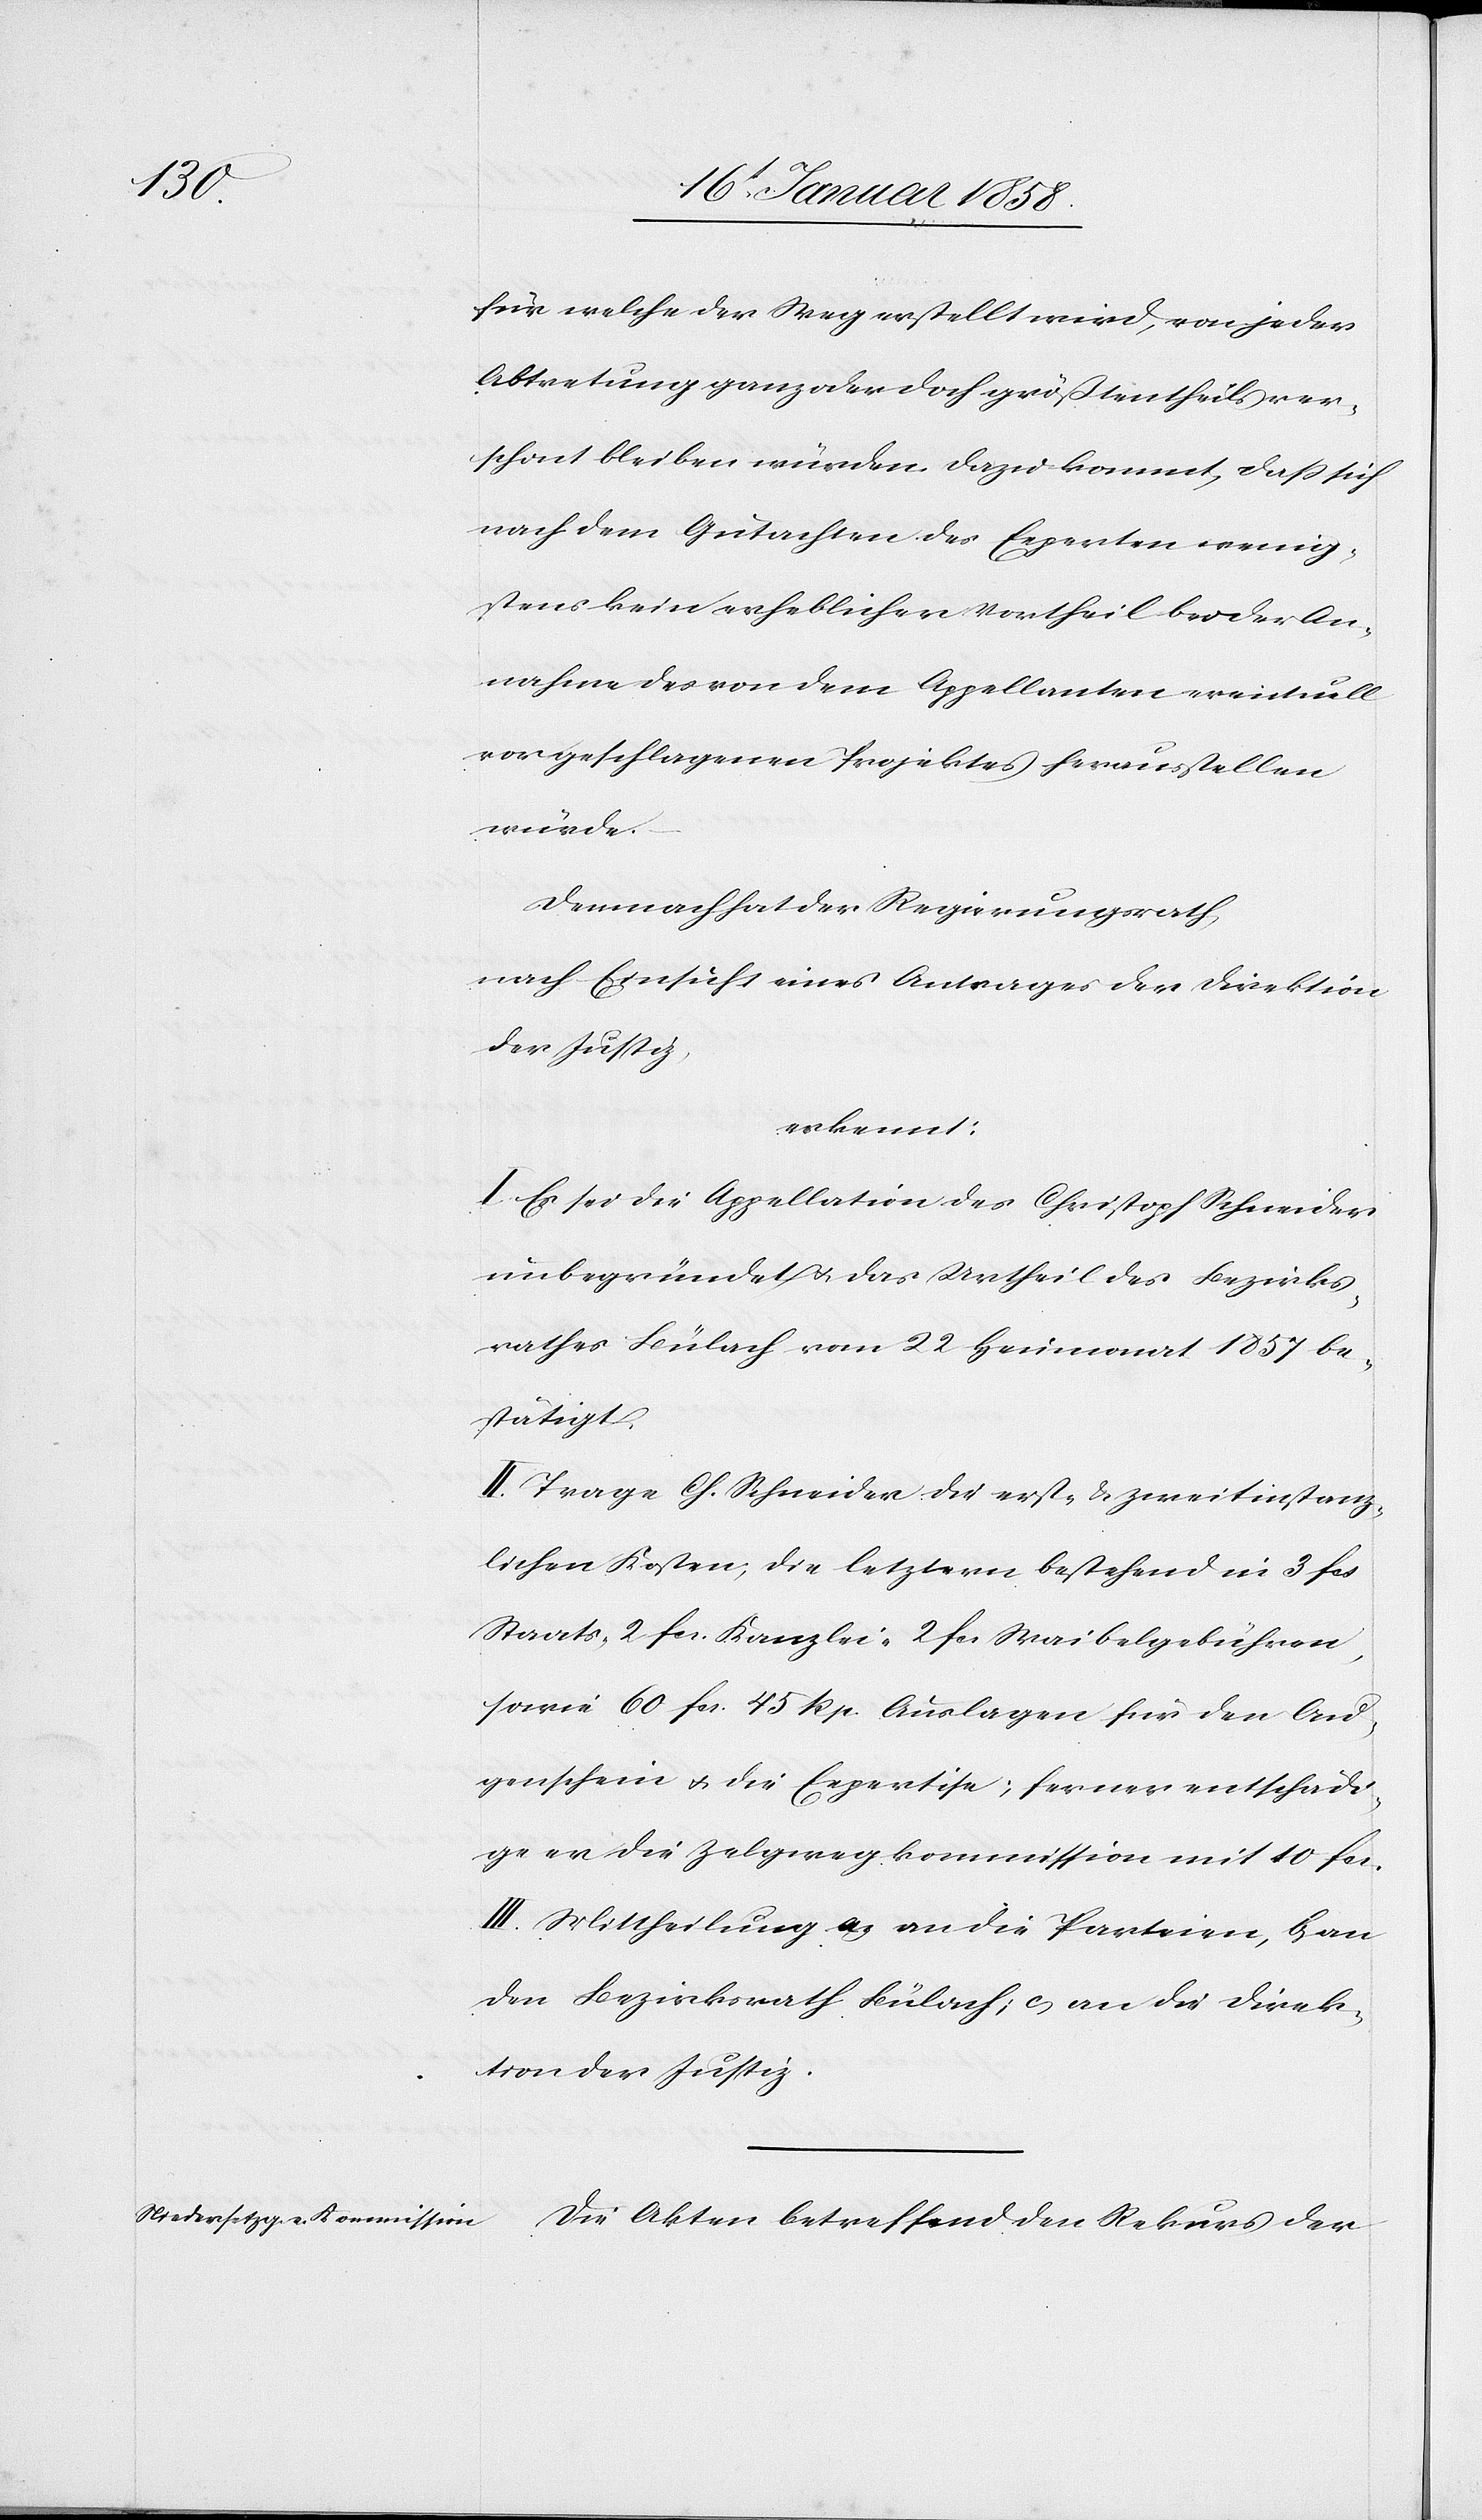
s.

für welche der Weg erstellt wird, von jeder
Abtretung ganz oder doch größtentheils ver¬
schont bleiben würden. Dazu kommt, daß sich
nach dem Gutachten des Experten wenig¬
stens kein erheblicher Vortheil bei der An¬
nahme des von dem Appellanten eventuell
vorgeschlagenen Projektes herausstellen
würde.
Demnach hat der Regierungsrath,
nach Einsicht eines Antrages der Direktion
der Justiz,
erkennt:
I. Es sei die Appellation des Christoph Schneider
unbegründet u. das Urtheil des Bezirks¬
rathes Bülach vom 22 Heumonat 1857 be¬
stätigt.
II. Trage Ch. Schneider die erst- u. zweitinstanz¬
lichen Kosten, die letztern bestehend in 3 fcs
Stats- 2 fcs. Kanzlei- 2 fcs Waibelgebühren,
sowie 60 fcs 45 Rp. Auslagen für den Au¬
genschein u. die Expertise; ferner entschädi¬
ge er die Zelgwegkommission mit 10 fc¬
III. Mittheilung a. an die Parteien, b an
den Bezirksrath Bülach, c an die Direk¬
tion der Justiz.
Die Akten betreffend den Rekurs der